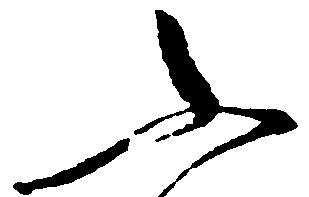
ふ